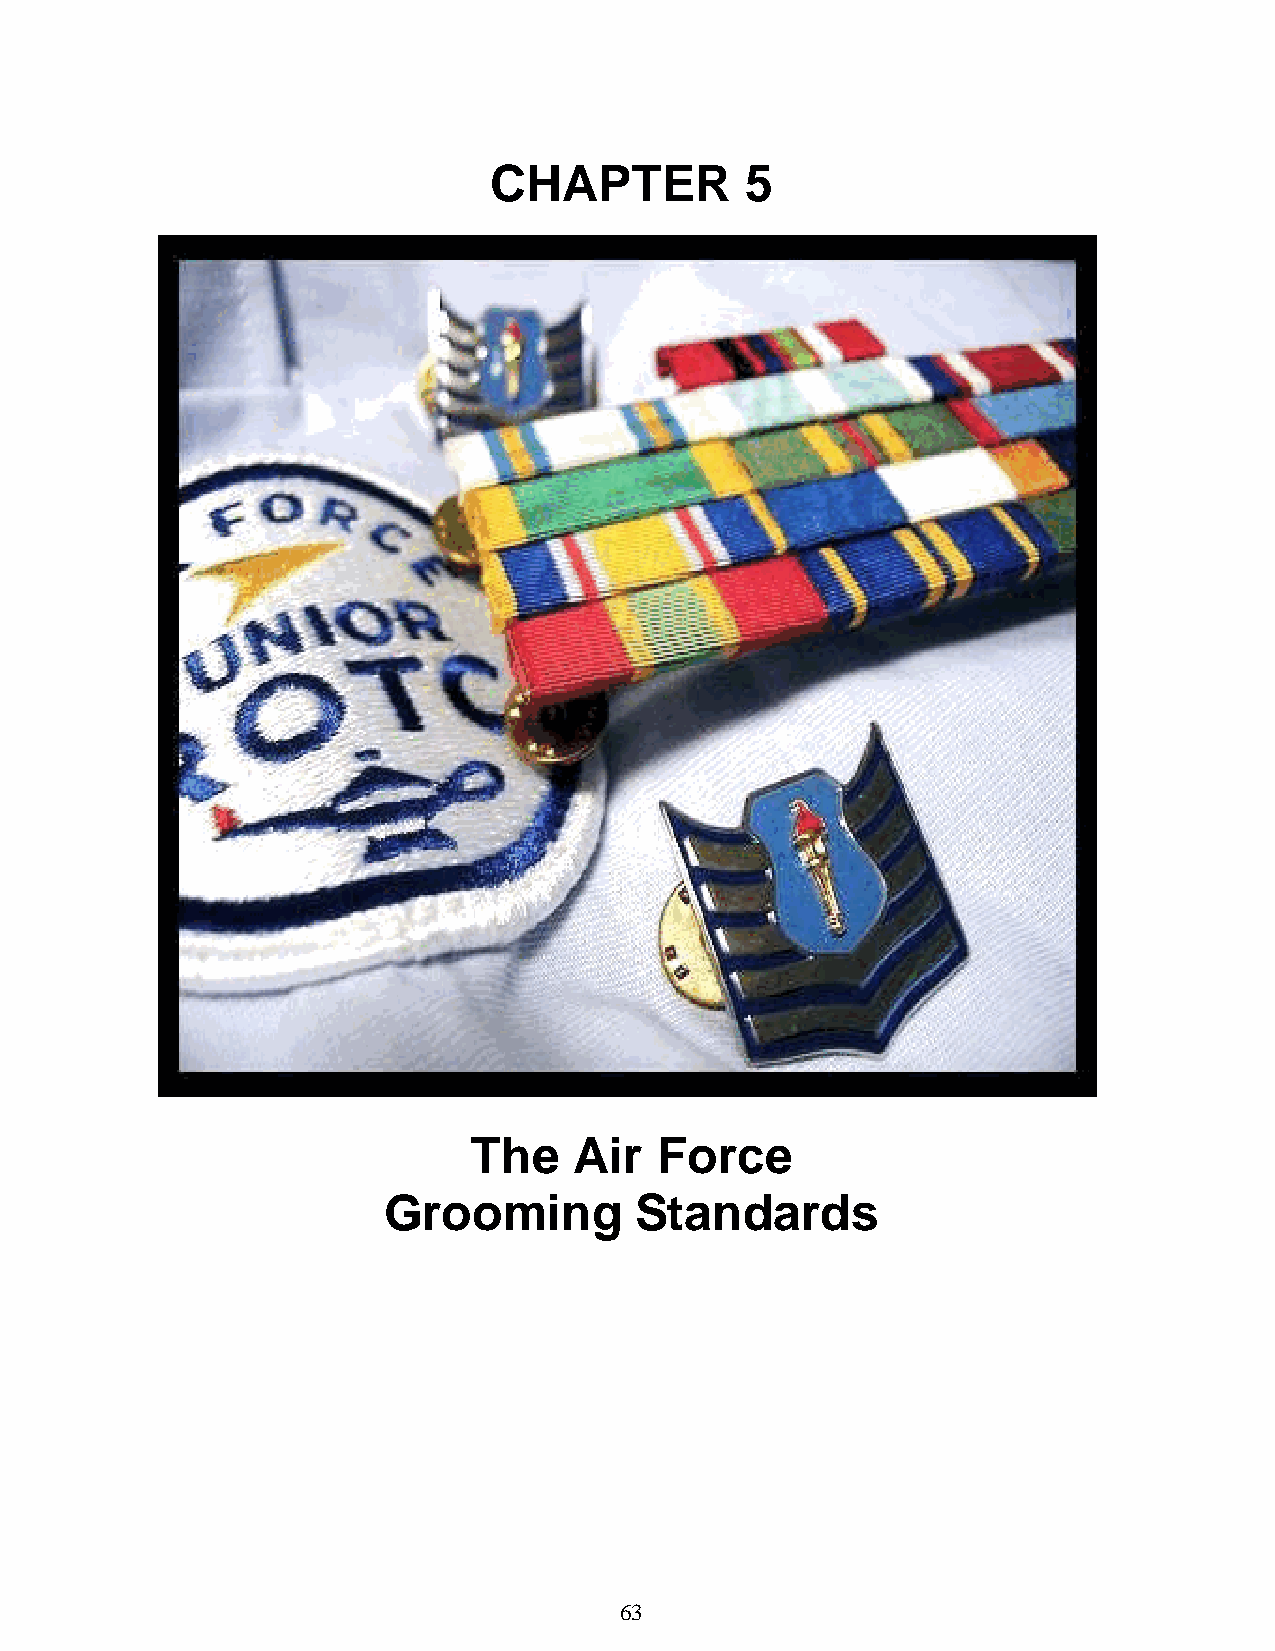
CHAPTER          5
 The    Air  Force
 Grooming         Standards
 63